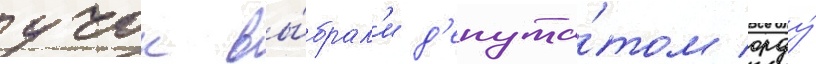
учок вы́брал'и д'епута́том орду́